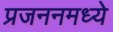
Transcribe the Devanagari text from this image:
प्रजननमध्ये